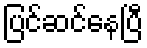
ပြင်ဆင်နေပြီ